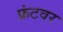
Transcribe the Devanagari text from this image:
फ्रंटवर